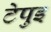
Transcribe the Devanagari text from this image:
टेपुइ